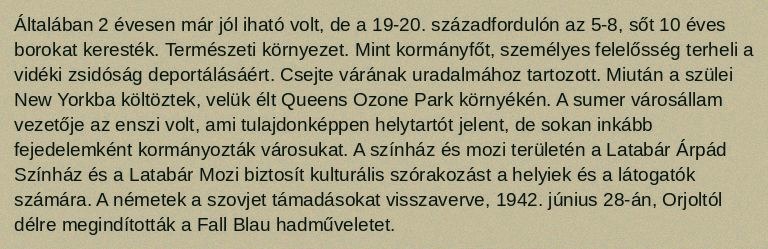
Általában 2 évesen már jól iható volt, de a 19-20. századfordulón az 5-8, sőt 10 éves borokat keresték. Természeti környezet. Mint kormányfőt, személyes felelősség terheli a vidéki zsidóság deportálásáért. Csejte várának uradalmához tartozott. Miután a szülei New Yorkba költöztek, velük élt Queens Ozone Park környékén. A sumer városállam vezetője az enszi volt, ami tulajdonképpen helytartót jelent, de sokan inkább fejedelemként kormányozták városukat. A színház és mozi területén a Latabár Árpád Színház és a Latabár Mozi biztosít kulturális szórakozást a helyiek és a látogatók számára. A németek a szovjet támadásokat visszaverve, 1942. június 28-án, Orjoltól délre megindították a Fall Blau hadműveletet.